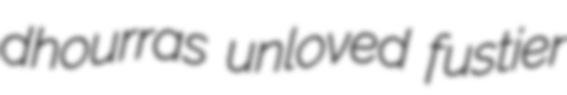
dhourras unloved fustier